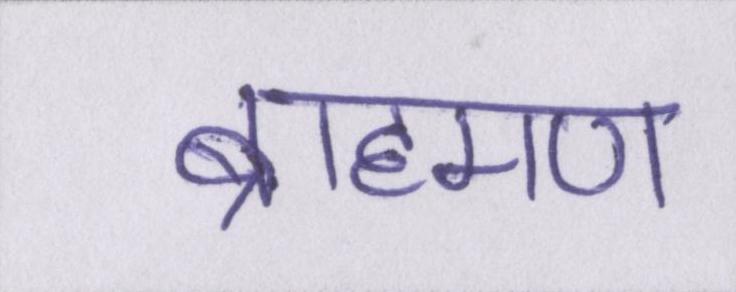
ब्राह्मण